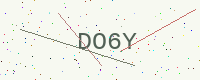
Text: DO6Y